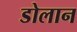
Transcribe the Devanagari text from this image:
डोलान